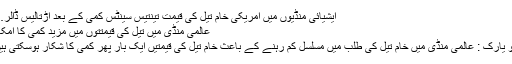
ایشیائی منڈیوں میں امریکی خام تیل کی قیمت تینتیس سینٹس کمی کے بعد اڑتالیس ڈالر…
عالمی منڈی میں تیل کی قیمتتوں میں مزید کمی کا امکان
نیو یارک : عالمی منڈی میں خام تیل کی طلب میں مسلسل کم رہنے کے باعث خام تیل کی قیمتیں ایک بار پھر کمی کا شکار ہوسکتی ہیں۔